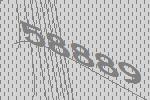
58889